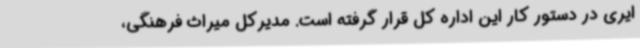
ایری در دستور کار این اداره کل قرار گرفته است. مدیرکل میراث فرهنگی،